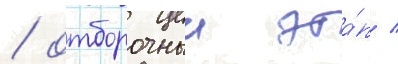
/ отборочныи эта́п /